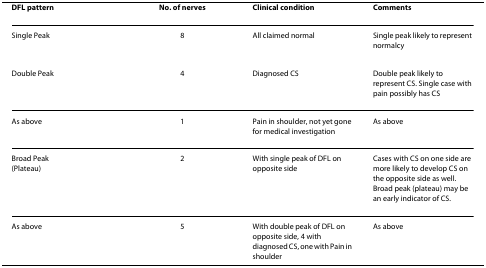
<table><thead><tr><td><b>DFL pattern</b></td><td><b>No. of nerves</b></td><td><b>Clinical condition</b></td><td><b>Comments</b></td></tr></thead><tbody><tr><td>Single Peak</td><td>8</td><td>All claimed normal</td><td>Single peak likely to represent normalcy</td></tr><tr><td>Double Peak</td><td>4</td><td>Diagnosed CS</td><td>Double peak likely to represent CS. Single case with pain possibly has CS</td></tr><tr><td>As above</td><td>1</td><td>Pain in shoulder, not yet gone for medical investigation</td><td>As above</td></tr><tr><td>Broad Peak(Plateau)</td><td>2</td><td>With single peak of DFL on opposite side</td><td>Cases with CS on one side are more likely to develop CS on the opposite side as well. Broad peak (plateau) may be an early indicator of CS.</td></tr><tr><td>As above</td><td>5</td><td>With double peak of DFL on opposite side, 4 with diagnosed CS, one with Pain in shoulder</td><td>As above</td></tr></tbody></table>